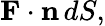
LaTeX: \mathbf{F}\cdot\mathbf{n}\, dS,